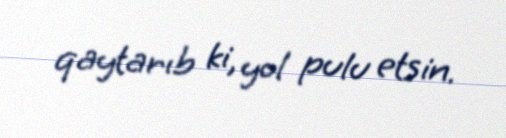
qaytarıb ki, yol pulu etsin.